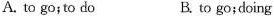
A. to go; to do B. to go;doing